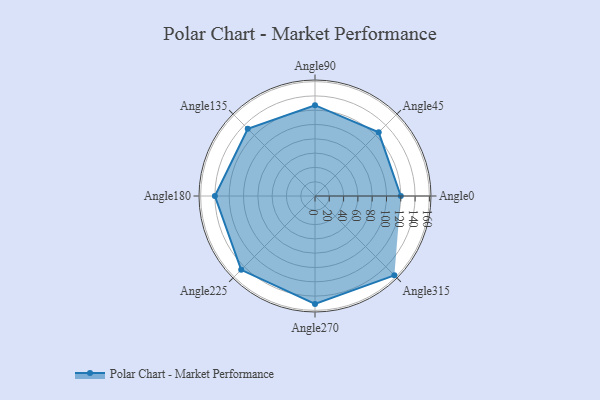
{"axis": {"x": "Angle", "y": "Radius"}, "legend": [""], "data": [{"x": "Angle0", "y": 120.0, "type": ""}, {"x": "Angle45", "y": 126.0, "type": ""}, {"x": "Angle90", "y": 127.0, "type": ""}, {"x": "Angle135", "y": 133.0, "type": ""}, {"x": "Angle180", "y": 140.0, "type": ""}, {"x": "Angle225", "y": 146.0, "type": ""}, {"x": "Angle270", "y": 151.0, "type": ""}, {"x": "Angle315", "y": 157.0, "type": ""}]}